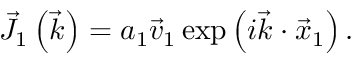
{ \vec { J } } _ { 1 } \left( { \vec { k } } \right) = a _ { 1 } { \vec { v } } _ { 1 } \exp \left( i { \vec { k } } \cdot { \vec { x } } _ { 1 } \right) .